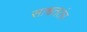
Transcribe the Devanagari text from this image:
साश्वततंत्र